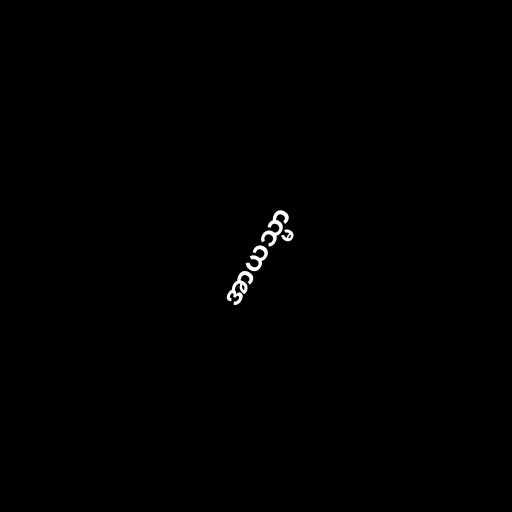
အာယသ္မာ